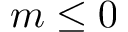
m \leq 0